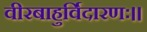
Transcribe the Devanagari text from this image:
वीरबाहुर्विदारणः।।